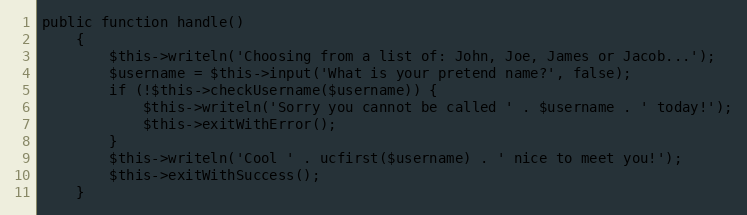
Language: PHP
public function handle()
    {
        $this->writeln('Choosing from a list of: John, Joe, James or Jacob...');
        $username = $this->input('What is your pretend name?', false);
        if (!$this->checkUsername($username)) {
            $this->writeln('Sorry you cannot be called ' . $username . ' today!');
            $this->exitWithError();
        }
        $this->writeln('Cool ' . ucfirst($username) . ' nice to meet you!');
        $this->exitWithSuccess();
    }